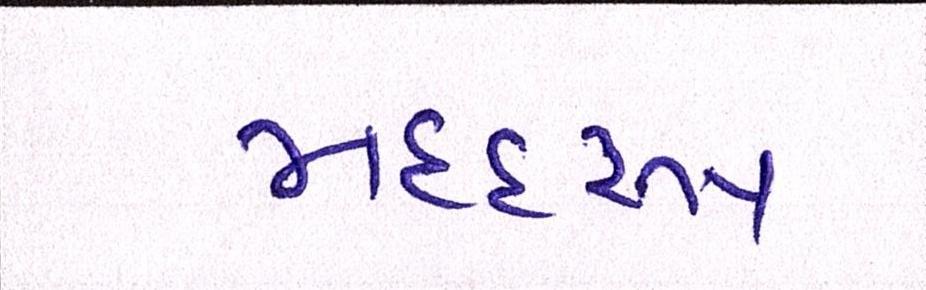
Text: મદદરુપ